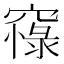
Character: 𥧴